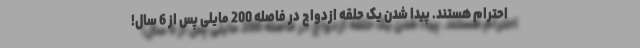
احترام هستند. پیدا شدن یک حلقه ازدواج در فاصله 200 مایلی پس از 6 سال!